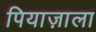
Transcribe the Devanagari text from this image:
पियाज़ाला